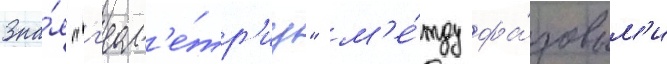
Зна́я "г'еом'е́тр'иу" м'е́жду фа́зовым'и